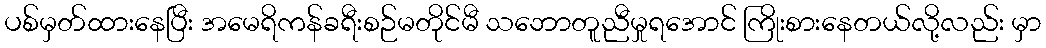
ပစ်မှတ်ထားနေပြီး အမေရိကန်ခရီးစဉ်မတိုင်မီ သဘောတူညီမှုရအောင် ကြိုးစားနေတယ်လို့လည်း မှာ